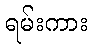
ရမ်းကား